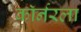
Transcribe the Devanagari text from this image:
काॅर्नरला